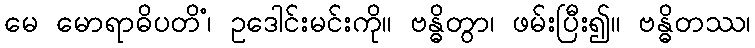
မေ မောရာဓိပတိံ၊ ဥဒေါင်းမင်းကို။ ဗန္ဓိတွာ၊ ဖမ်းပြီး၍။ ဗန္ဓိတဿ၊